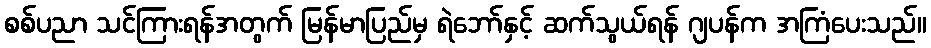
စစ်ပညာ သင်ကြားရန်အတွက် မြန်မာပြည်မှ ရဲဘော်နှင့် ဆက်သွယ်ရန် ဂျပန်က အကြံပေးသည်။